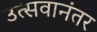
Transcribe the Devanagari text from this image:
उत्सवानंतर